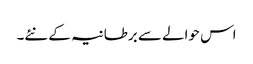
اس حوالے سے برطانیہ کے نئے۔